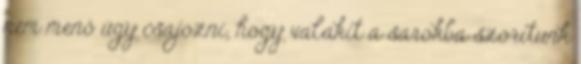
nem menő úgy csajozni, hogy valakit a sarokba szorítunk